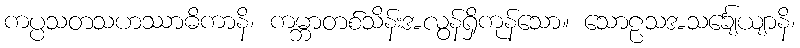
ကပ္ပသတသဟဿာဓိကာနိ၊ ကမ္ဘာတစ်သိန်းအလွန်ရှိကုန်သော။ သောဠသအသင်္ချေယျာနိ၊